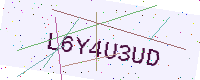
Text: L6Y4U3UD